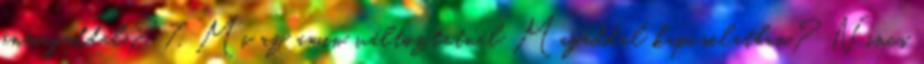
önmagaddal? 7. Mi az amin változtatnál Magaddal kapcsolatban? Nincs